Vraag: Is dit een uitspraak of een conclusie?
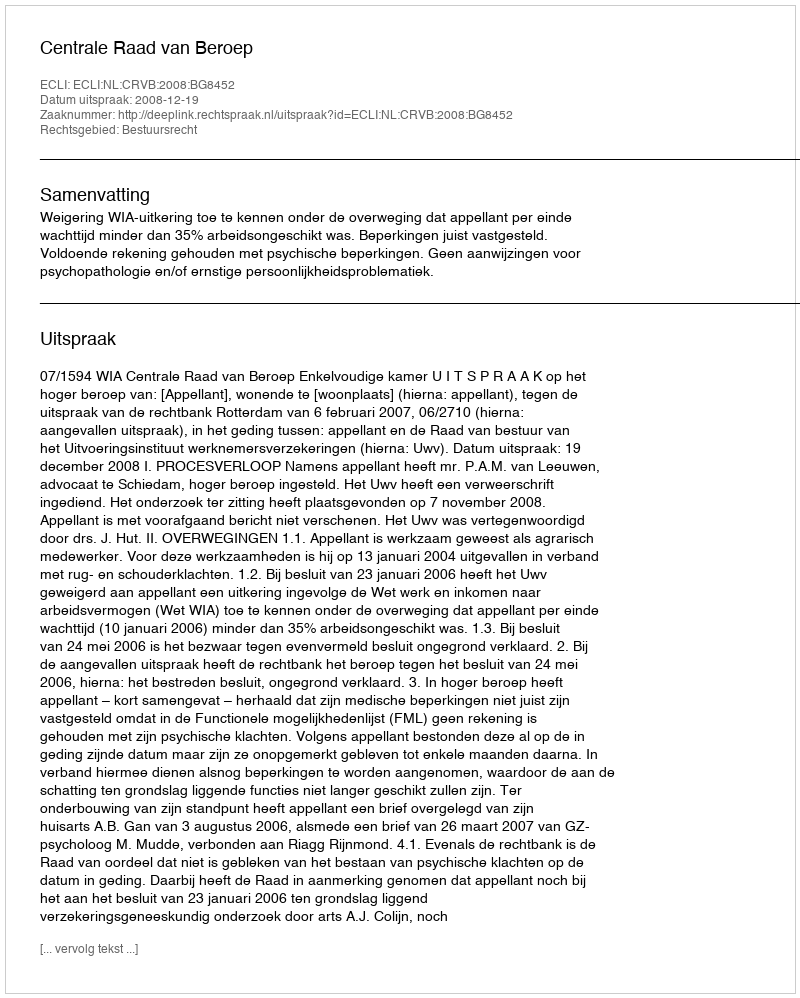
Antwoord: Uitspraak